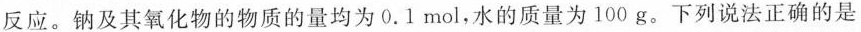
反应。钠及其氧化物的物质的量均为0.1mol，水的质量为100g。下列说法正确的是